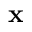
\mathbf { x }